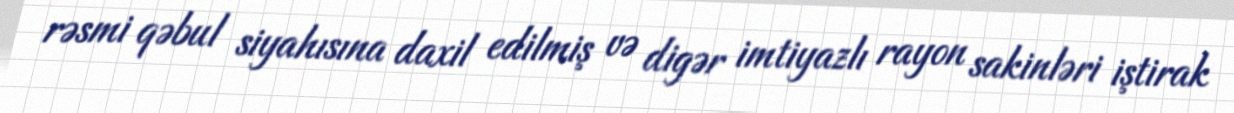
rəsmi qəbul siyahısına daxil edilmiş və digər imtiyazlı rayon sakinləri iştirak